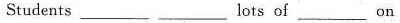
Students ___ ___ lots of ___ on